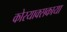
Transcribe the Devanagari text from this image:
कोरयाक्सकाया